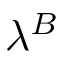
\lambda ^ { B }